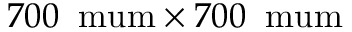
7 0 0 \: \mathrm { \ m u m } \times 7 0 0 \: \mathrm { \ m u m }